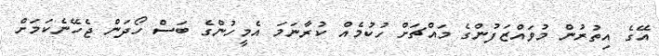
އޭގެ އިތުރުން މުވައްޒަފުންގެ މައްޗަށް ހުކުމެއް ކުރާނަމަ އެމީހުންގެ ބަސް ހޯދަން ޖެހޭނެކަމަށް